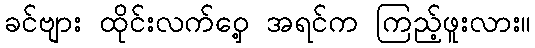
ခင်ဗျား ထိုင်းလက်ဝှေ့ အရင်က ကြည့်ဖူးလား။